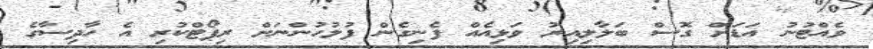
ވެއްޓުނު އަޑަށް ގޮސް ބަލާލިއިރު ވަޅިއެއް ފެނިގެން ފުލުހުންނަށް ރިޕޯޓްކުރި އެ ހާދިސާގެ